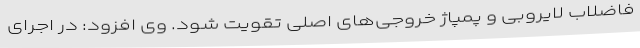
فاضلاب لایروبی و پمپاژ خروجی‌های اصلی تقویت شود. وی افزود: در اجرای